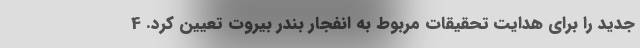
جدید را برای هدایت تحقیقات مربوط به انفجار بندر بیروت تعیین کرد. 4